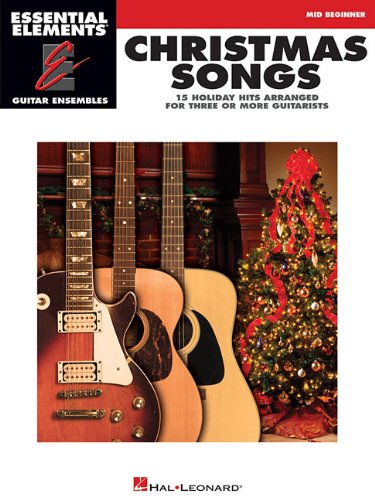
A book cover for Christmas Songs - 15 Holiday Hits Arranged for Three or More Guitarists: Essential Elements Guitar Ensembles Mid Beginner Level; Christian Books & Bibles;